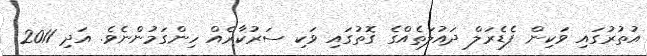
އުތުރުގައި ވަކިން ފެޑެރަލް ދައުލަތެއްގެ ގޮތުގައި ވަކި ސަރުކާރެއް ހިންގަމުންނެވެ. އަދި 2011